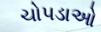
ચોપડાઓ